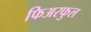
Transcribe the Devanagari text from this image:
फिअरफुल